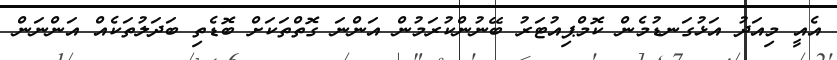
އެއީ މިއަދު އަޅުގަނޑުމެން ކޮމްޕިއުޓަރު ބޭނުންކުރަމުން އަންނަ ގޮތްތަކަށް ބޮޑެތި ބަދަލުތަކެއް އަންނަން